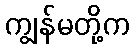
ကျွန်မတို့က